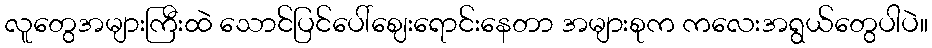
လူတွေအများကြီးထဲ သောင်ပြင်ပေါ်ဈေးရောင်းနေတာ အများစုက ကလေးအရွယ်တွေပါပဲ။